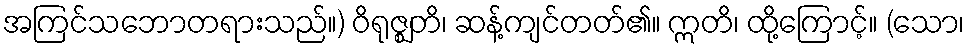
အကြင်သဘောတရားသည်။) ဝိရုဇ္ဈတိ၊ ဆန့်ကျင်တတ်၏။ ဣတိ၊ ထို့ကြောင့်။ (သော၊